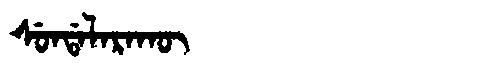
Manchu: ᠰᡠᠨᡩᠠᠯᠠᡵᠠᡴᡡ
Romanization: SUNDALARAKŪ